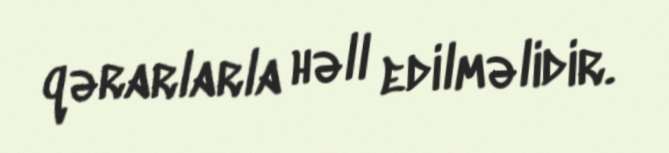
qərarlarla həll edilməlidir.